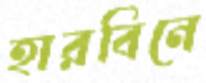
হারবিনে